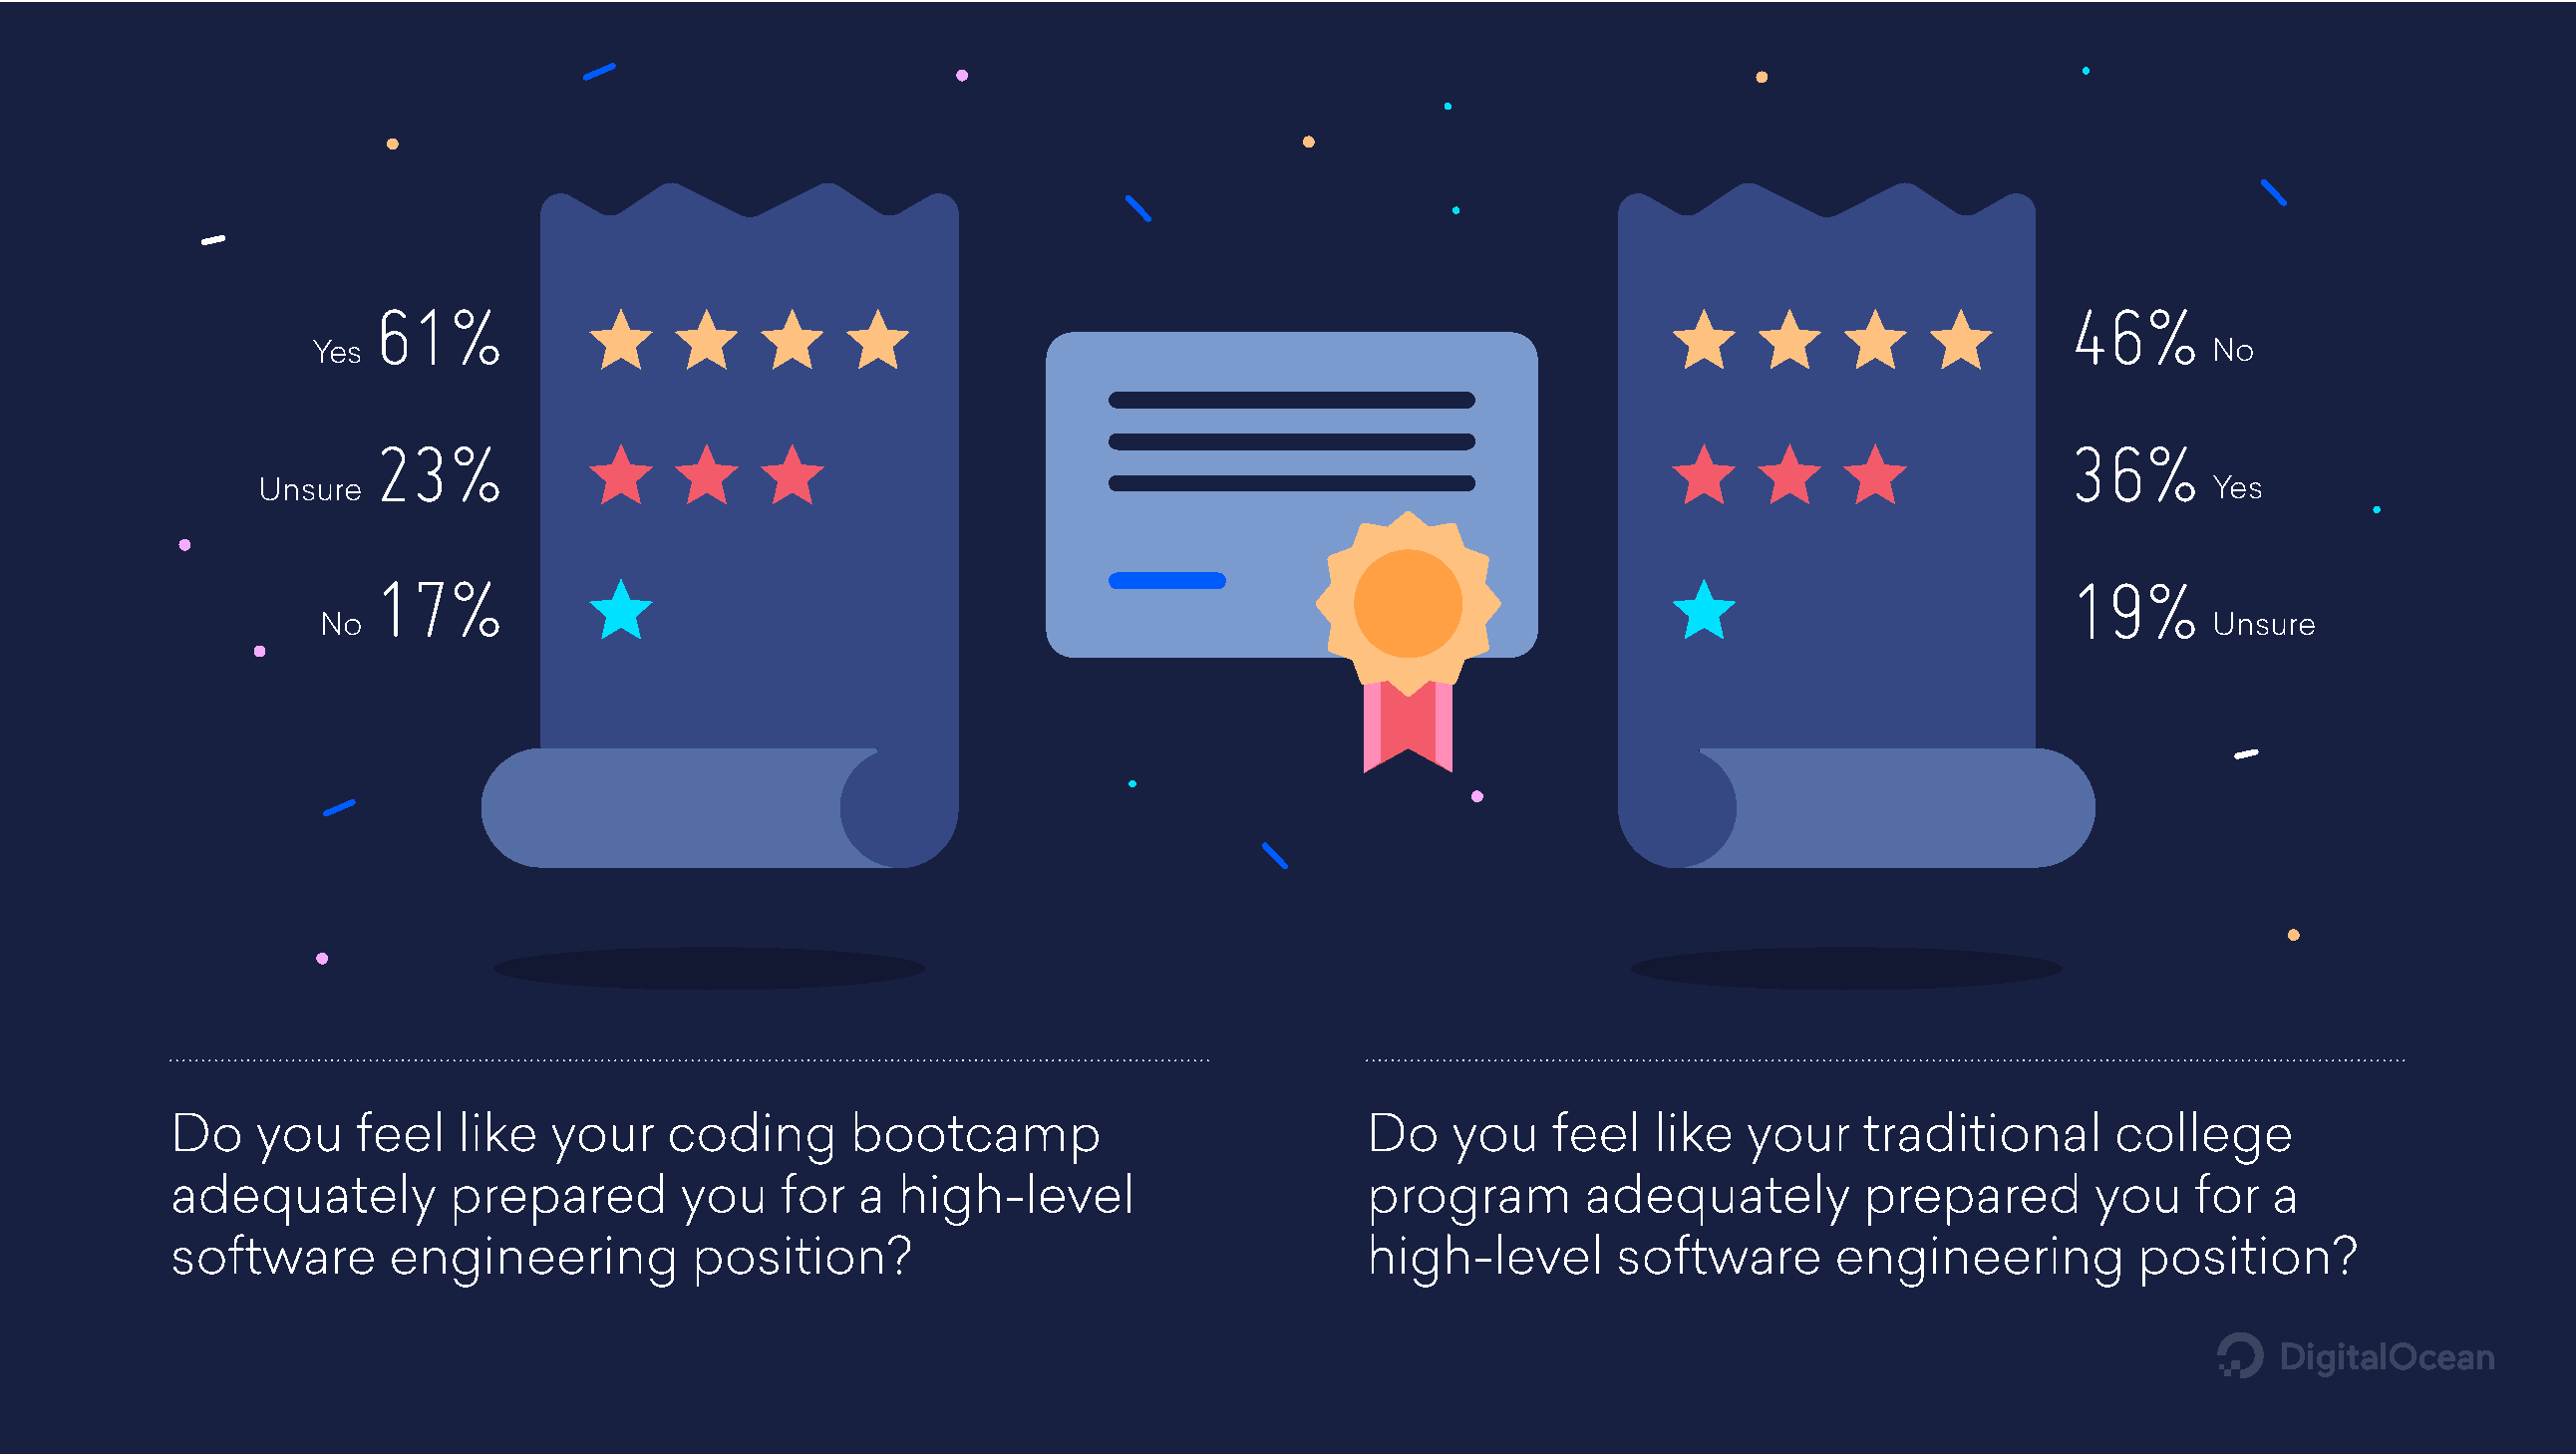
61%                                                                                                             46%
 Yes                                                                                                                           No
 23%                                                                                                             36%
 Unsure                                                                                                                            Yes
 17%                                                                                                             19%
 No                                                                                                                            Unsure
 Do    you    feel  like   your   coding      bootcamp                           Do   you    feel   like  your    traditional     college
 adequately         prepared       you    for  a  high-level                     program       adequately         prepared       you    for  a
 software       engineering         position?                                    high-level      software       engineering         position?